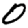
Digit: 0